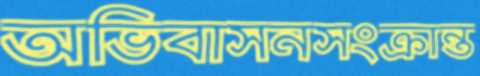
অভিবাসনসংক্রান্ত